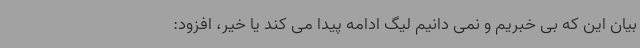
بیان این که بی خبریم و نمی دانیم لیگ ادامه پیدا می کند یا خیر، افزود: